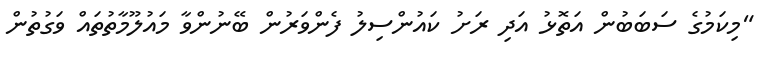
"މިކަމުގެ ސަބަބުން އަތޮޅު އަދި ރަށު ކައުންސިލު ފެންވަރުން ބޭނުންވާ މައުލޫމާތުތައް ވަގުތުން